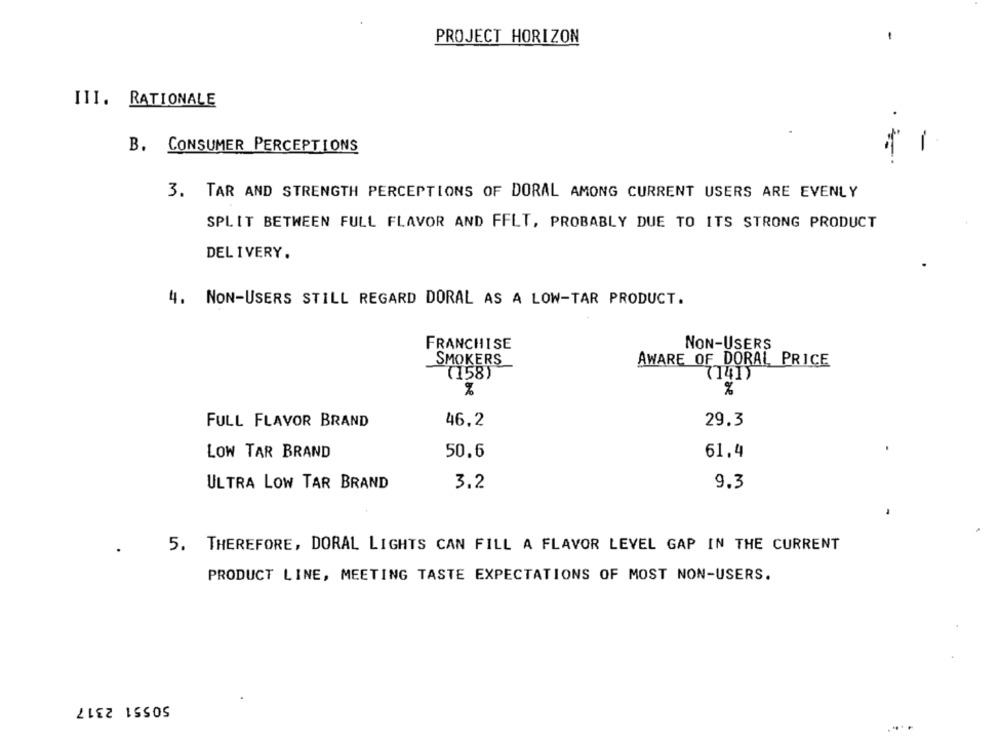
PROJECT HORIZON
III. RATIONALE
B. CONSUMER PERCEPTIONS
-
3. TAR AND STRENGTH PERCEPTIONS OF DORAL AMONG CURRENT USERS ARE EVENLY
SPLIT BETWEEN FULL FLAVOR AND FFLT, PROBABLY DUE TO ITS STRONG PRODUCT
DEL I VERY .
4. NON-USERS STILL REGARD DORAL AS A LOW-TAR PRODUCT.
FRANCHISE
NON-USERS
SMOKERS
AWARE OF DORAL PRICE
(158)
(141)
%
%
FULL FLAVOR BRAND
46,2
29.3
50.6
LOW TAR BRAND
61.4
ULTRA LOW TAR BRAND
3.2
9.3
5. THEREFORE, DORAL LIGHTS CAN FILL A FLAVOR LEVEL GAP IN THE CURRENT
PRODUCT LINE, MEETING TASTE EXPECTATIONS OF MOST NON-USERS.
50551 2317